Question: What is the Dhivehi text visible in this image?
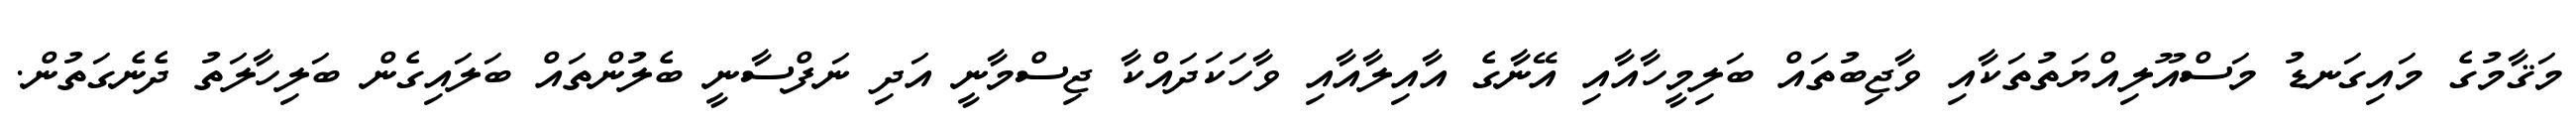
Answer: މަޤާމުގެ މައިގަނޑު މަސްއޫލިއްޔަތުތަކާއި ވާޖިބުތައް ބަލިމީހާއާއި އޭނާގެ އާއިލާއާއި ވާހަކަދައްކާ ޖިސްމާނީ އަދި ނަފްސާނީ ބެލުންތައް ބަލައިގެން ބަލިހާލަތު ދެނެގަތުން.